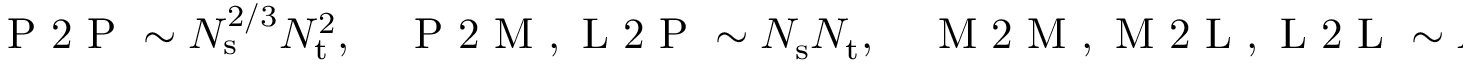
\begin{array} { r } { \mathrm { ~ P ~ 2 ~ P ~ } \sim N _ { \mathrm { s } } ^ { 2 / 3 } N _ { \mathrm { t } } ^ { 2 } , \quad \mathrm { ~ P ~ 2 ~ M ~ , ~ L ~ 2 ~ P ~ } \sim N _ { \mathrm { s } } N _ { \mathrm { t } } , \quad \mathrm { ~ M ~ 2 ~ M ~ , ~ M ~ 2 ~ L ~ , ~ L ~ 2 ~ L ~ } \sim N _ { \mathrm { s } } ^ { 4 / 3 } } \end{array}